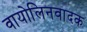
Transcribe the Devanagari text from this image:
वायोलिनवादक